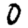
Digit: 0